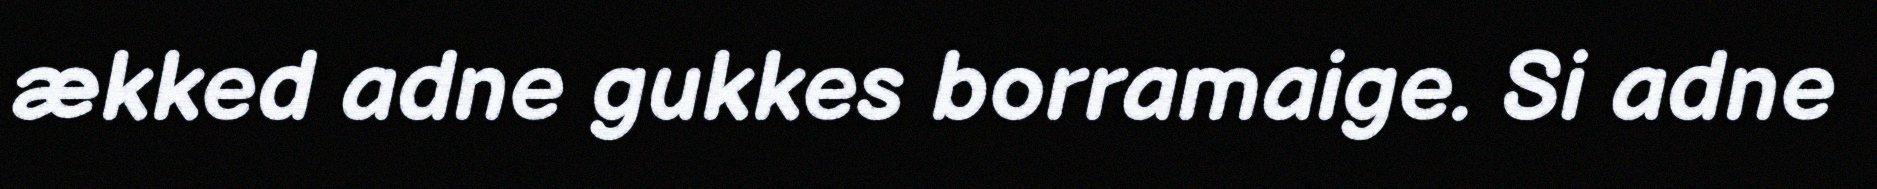
ækked adne gukkes borramaige. Si adne